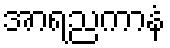
အာရညကာနံ